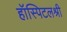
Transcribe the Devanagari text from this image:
हॉस्पिटलश्री